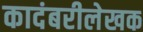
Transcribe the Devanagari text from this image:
कादंबरीलेखक